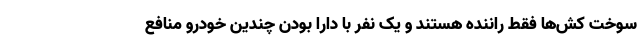
سوخت کش‌ها فقط راننده هستند و یک نفر با دارا بودن چندین خودرو منافع